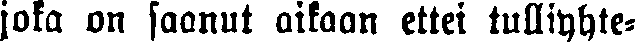
joka on saanut aikaan ettei tulliyhte-